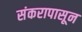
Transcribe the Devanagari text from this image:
संकरापासून